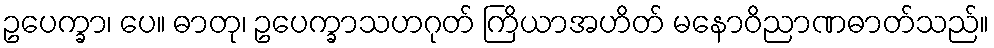
ဥပေက္ခာ၊ ပေ။ ဓာတု၊ ဥပေက္ခာသဟဂုတ် ကြိယာအဟိတ် မနောဝိညာဏဓာတ်သည်။